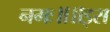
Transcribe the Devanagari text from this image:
नमः॥॥इस